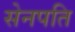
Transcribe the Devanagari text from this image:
सेनपति